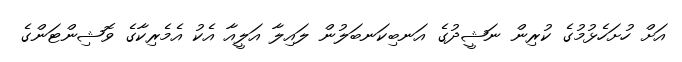
އަަށް ހުށަހެޅުމުގެ ކުރިން ނަޝީދުގެ އަނބިކަނބަލުން ލައިލާ އަލީއާ އެކު އެމެރިކާގެ ވޮޝިންޓަންގެ